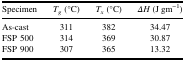
| Specimen | Tg (°C) | Tx (°C) | ΔH (J gm−1) |
 | --- | --- | --- | --- |
 | As-cast | 311 | 382 | 34.47 |
 | FSP 500 | 314 | 369 | 30.87 |
 | FSP 900 | 307 | 365 | 13.32 |